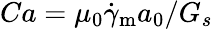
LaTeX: Ca=\mu_{0}\dot{\gamma}_{\mathrm{m}}a_{0}/G_{s}